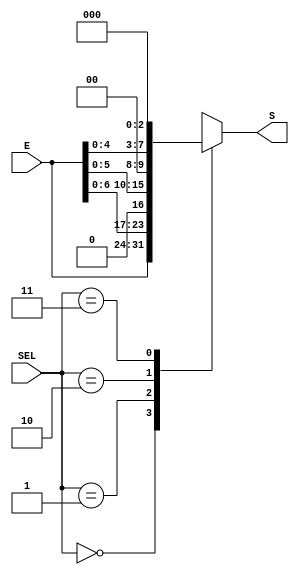
module Logical_Shifter(SEL, E, S);
input				[1:0]		SEL;
input				[7:0]		E;
output	reg	[7:0]		S;

always @(SEL, E)
	case (SEL)
		2'b00		: S = E;
		2'b01		: S = {E[6:0],1'b0};
		2'b10		: S = {E[5:0],2'b0};
		2'b11		: S = {E[4:0],3'b0};
		default	: S = E;
	endcase

endmodule